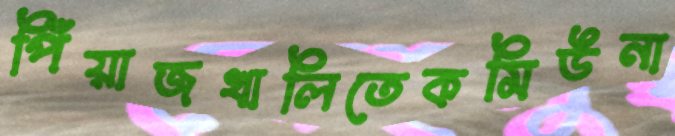
পিঁয়াজখালিতেকমিউনা